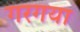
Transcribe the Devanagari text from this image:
गरगया